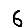
Digit: 6